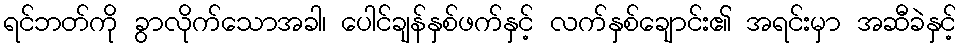
ရင်ဘတ်ကို ခွာလိုက်သောအခါ၊ ပေါင်ချန်နှစ်ဖက်နှင့် လက်နှစ်ချောင်း၏ အရင်းမှာ အဆီခဲနှင့်